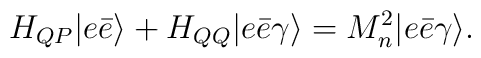
H_{QP}|e\bar{e}\rangle+H_{QQ}|e\bar{e}\gamma\rangle= M^2_n|e\bar{e}\gamma\rangle.